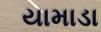
યામાડા